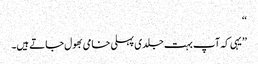
‘‘
’’یہی کہ آپ بہت جلدی پہلی خامی بھول جاتے ہیں۔